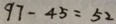
9 7 - 4 5 = 5 2